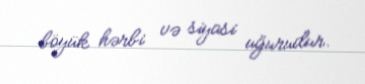
böyük hərbi və siyasi uğurudur.